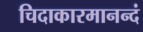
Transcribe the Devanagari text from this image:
चिदाकारमानन्दं